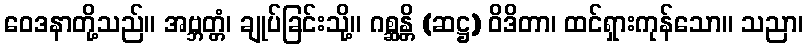
ဝေဒနာတို့သည်။ အဗ္ဘတ္တံ၊ ချုပ်ခြင်းသို့။ ဂစ္ဆန္တိ (ဆဋ္ဌ) ဝိဒိတာ၊ ထင်ရှားကုန်သော။ သညာ၊